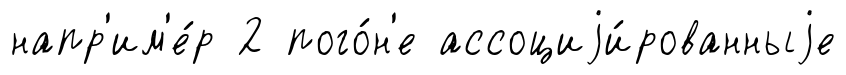
напр'им'е́р 2 пого́н'е ассоциjи́рованныjе